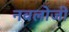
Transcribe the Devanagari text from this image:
नवलोजी